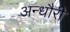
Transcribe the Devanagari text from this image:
अन्धौरी